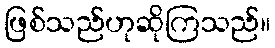
ဖြစ်သည်ဟုဆိုကြသည်။